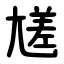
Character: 㞉